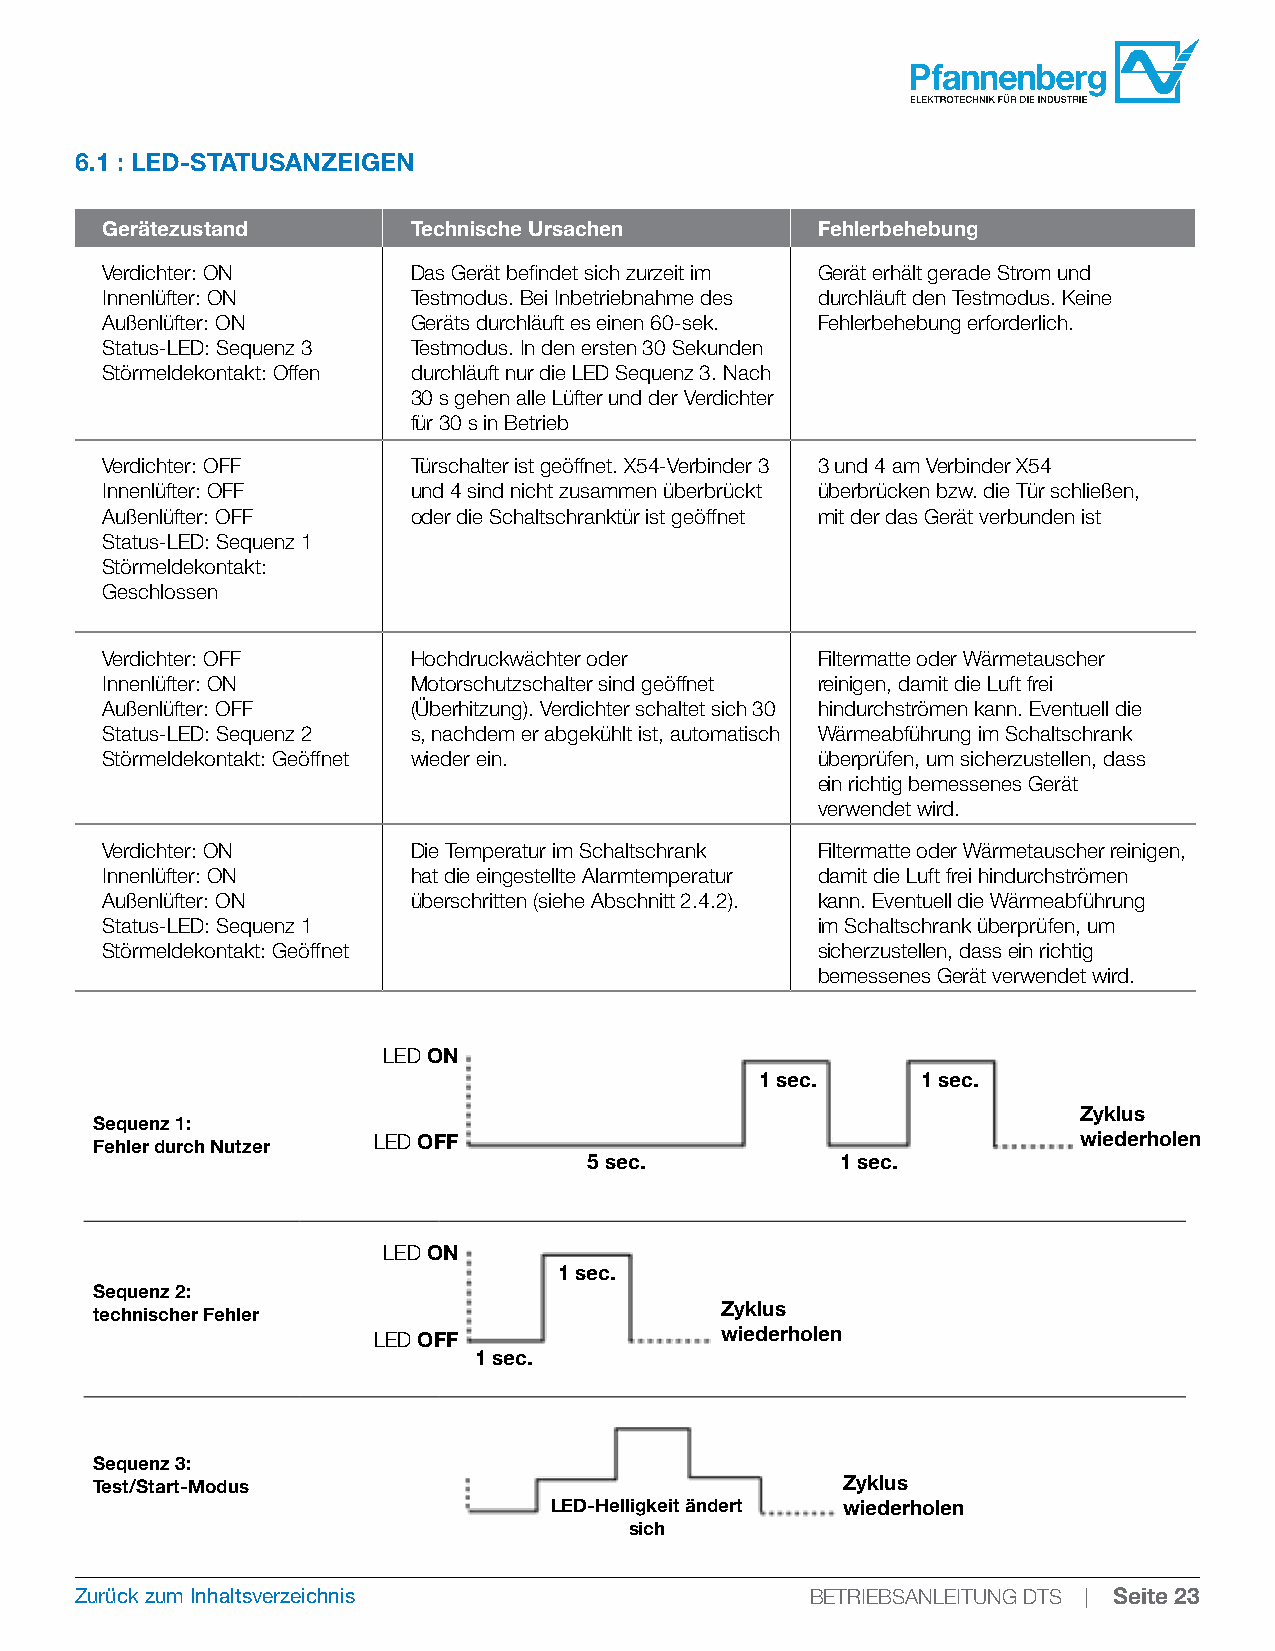
6.1 : LED-STATUSANZEIGEN
 Gerätezustand       Technische Ursachen        Fehlerbehebung
 Verdichter: ON      Das Gerät befindet sich zurzeit im Gerät erhält gerade Strom und
 Innenlüfter: ON     Testmodus. Bei Inbetriebnahme des durchläuft den Testmodus. Keine
 Außenlüfter: ON     Geräts durchläuft es einen 60-sek. Fehlerbehebung erforderlich.
 Status-LED: Sequenz 3 Testmodus. In den ersten 30 Sekunden
 Störmeldekontakt: Offen durchläuft nur die LED Sequenz 3. Nach
 30 s gehen alle Lüfter und der Verdichter
 für 30 s in Betrieb
 Verdichter: OFF     Türschalter ist geöffnet. X54-Verbinder 3 3 und 4 am Verbinder X54
 Innenlüfter: OFF    und 4 sind nicht zusammen überbrückt überbrücken bzw. die Tür schließen,
 Außenlüfter: OFF    oder die Schaltschranktür ist geöffnet mit der das Gerät verbunden ist
 Status-LED: Sequenz 1
 Störmeldekontakt:
 Geschlossen
 Verdichter: OFF     Hochdruckwächter oder      Filtermatte oder Wärmetauscher
 Innenlüfter: ON     Motorschutzschalter sind geöffnet reinigen, damit die Luft frei
 Außenlüfter: OFF    (Überhitzung). Verdichter schaltet sich 30 hindurchströmen kann. Eventuell die
 Status-LED: Sequenz 2 s, nachdem er abgekühlt ist, automatisch Wärmeabführung im Schaltschrank
 Störmeldekontakt: Geöffnet wieder ein.         überprüfen, um sicherzustellen, dass
 ein richtig bemessenes Gerät
 verwendet wird.
 Verdichter: ON      Die Temperatur im Schaltschrank Filtermatte oder Wärmetauscher reinigen,
 Innenlüfter: ON     hat die eingestellte Alarmtemperatur damit die Luft frei hindurchströmen
 Außenlüfter: ON     überschritten (siehe Abschnitt 2.4.2). kann. Eventuell die Wärmeabführung
 Status-LED: Sequenz 1                          im Schaltschrank überprüfen, um
 Störmeldekontakt: Geöffnet                     sicherzustellen, dass ein richtig
 bemessenes Gerät verwendet wird.
 LED ON
 1 sec.     1 sec.
 Zyklus
 Sequenz 1:
 Fehler durch Nutzer LED OFF                                      wiederholen
 5 sec.           1 sec.
 LED ON
 1 sec.
 Sequenz 2:
 technischer Fehler                        Zyklus
 LED OFF                wiederholen
 1 sec.
 Sequenz 3:
 Test/Start-Modus                                  Zyklus
 LED-Helligkeit ändert wiederholen
 sich
 Zurück zum Inhaltsverzeichnis                    BETRIEBSANLEITUNG DTS | Seite 23